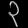
Digit: ၃